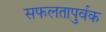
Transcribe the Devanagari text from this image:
सफलतापुर्वक